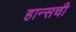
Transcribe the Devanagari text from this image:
हान्सची